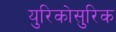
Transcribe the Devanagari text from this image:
युरिकोसुरिक